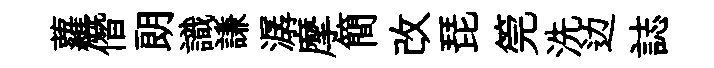
蘿僭朗識謙潺摩簡改琵筦洗边誌